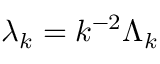
\lambda _ { k } = k ^ { - 2 } \Lambda _ { k }